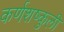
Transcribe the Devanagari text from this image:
कर्णशष्कुली